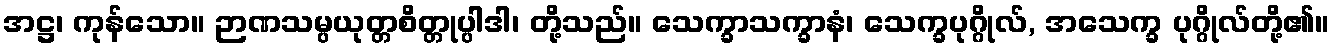
အဋ္ဌ၊ ကုန်သော။ ဉာဏသမ္ပယုတ္တစိတ္တုပ္ပါဒါ၊ တို့သည်။ သေက္ခာသက္ခာနံ၊ သေက္ခပုဂ္ဂိုလ်, အသေက္ခ ပုဂ္ဂိုလ်တို့၏။